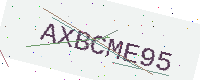
Text: AXBCME95